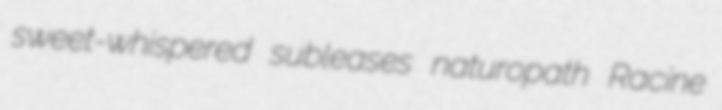
sweet-whispered subleases naturopath Racine